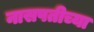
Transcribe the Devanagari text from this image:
नासपतीच्या